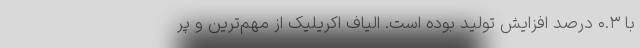
با ۰.۳ درصد افزایش تولید بوده است. الیاف اکریلیک از مهم‌ترین و پر